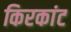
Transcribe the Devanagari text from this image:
किरकांट